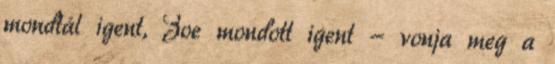
mondtál igent, Zoe mondott igent - vonja meg a